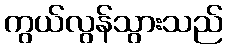
ကွယ်လွန်သွားသည်